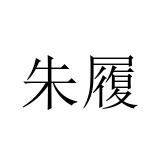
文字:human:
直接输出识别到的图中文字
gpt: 朱履